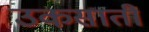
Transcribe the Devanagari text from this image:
उकसातीं